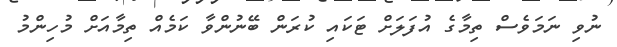
ނުވި ނަމަވެސް ތިމާގެ އުފަލަށް ޓަކައި ކުރަން ބޭނުންވާ ކަމެއް ތިމާއަށް މުހިންމު